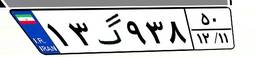
۱۳گ۹۳۸۵۰